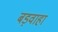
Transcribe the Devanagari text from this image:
बड़वाहा